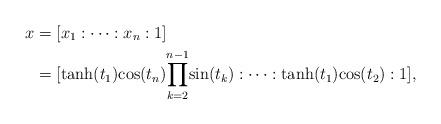
LaTeX: \begin{align*}x&=[x_1: \cdots :x_n :1]\\&=[\mathrm{tanh}(t_1)\mathrm{cos}(t_{n}){\displaystyle \prod_{k=2}^{n-1}}{\mathrm{sin}(t_{k})}: \cdots :\mathrm{tanh}(t_1)\mathrm{cos}(t_2):1],\end{align*}